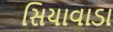
સિયાવાડા